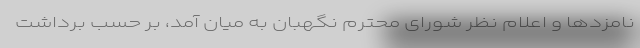
نامزدها و اعلام نظر شورای محترم نگهبان به میان آمد، بر حسب برداشت